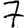
Digit: 7